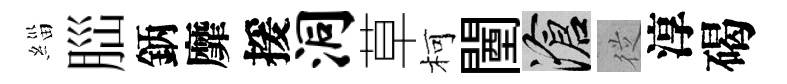
緇𦛁鈵靡援洞草柯闉滄従淳碣